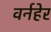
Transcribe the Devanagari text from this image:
वर्नहेर